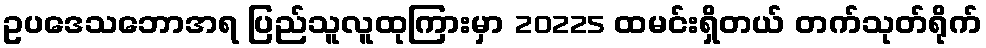
ဥပဒေသဘောအရ ပြည်သူလူထုကြားမှာ 20225 ထမင်းရှိတယ် တက်သုတ်ရိုက်